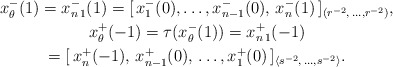
\begin{gather*}x^-_{\theta}(1)=x_{n\,1}^-(1)=[\,x_1^-(0),\ldots, x_{n-1}^-(0),\,x_{n}^-(1)\,]_{(r^{-2},\,\ldots,r^{-2})},\\x_{\theta}^+(-1)=\tau(x^-_{\theta}(1))=x_{n\,1}^+(-1)\\=[\,x_{n}^+(-1),\,x_{n-1}^+(0),\,\ldots, x_1^+(0)\,]_{\langle s^{-2},\,\ldots, s^{-2}\rangle}.\end{gather*}